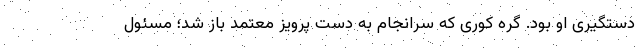
دستگیری او بود. گره کوری که سرانجام به دست پرویز معتمد باز شد؛ مسئول